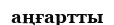
аңғартты